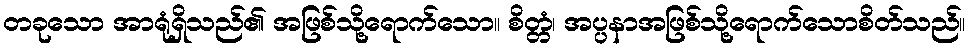
တခုသော အာရုံရှိသည်၏ အဖြစ်သို့ရောက်သော။ စိတ္တံ၊ အပ္ပနာအဖြစ်သို့ရောက်သောစိတ်သည်။